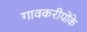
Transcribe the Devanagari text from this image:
गावकरीयोंके